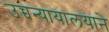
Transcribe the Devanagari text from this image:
उच्चन्यायालयाने